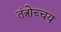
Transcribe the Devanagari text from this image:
तंत्रोच्चय